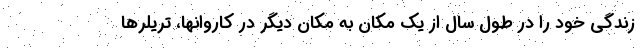
زندگی خود را در طول سال از یک مکان به مکان دیگر در کاروانها، تریلرها